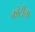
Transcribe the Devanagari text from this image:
कोटीला